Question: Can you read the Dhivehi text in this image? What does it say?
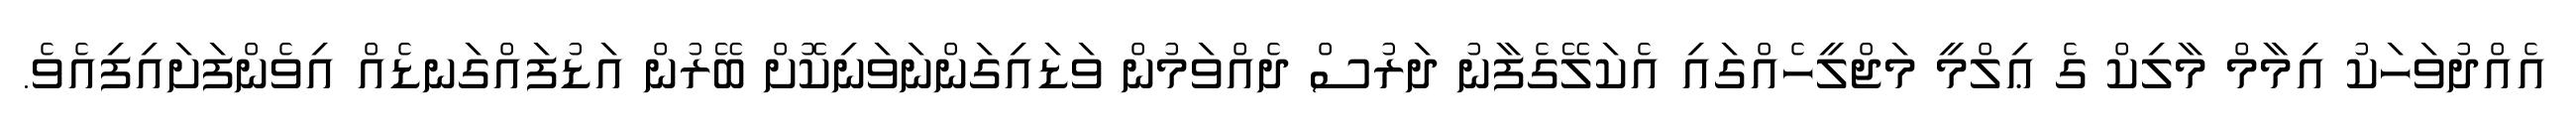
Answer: އެއްދުވަހަކު އިމާމް މާލިކް ގެ ޢިލްމީ މަޖްލީހެއްގައި އެކަލޭގެފާނު ދަރުސް ދެއްވަމުން ވަޑައިގަންނަވަނިކޮށް ބޭރުން އަޑުފައްގަނޑެއް އިވެންފަށައިފިއެވެ.